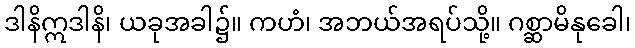
ဒါနိဣဒါနိ၊ ယခုအခါ၌။ ကဟံ၊ အဘယ်အရပ်သို့။ ဂစ္ဆာမိနုခေါ၊